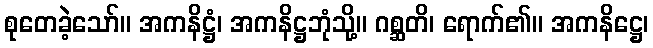
စုတေခဲ့သော်။ အကနိဋ္ဌံ၊ အကနိဋ္ဌဘုံသို့။ ဂစ္ဆတိ၊ ရောက်၏။ အကနိဋ္ဌေ၊